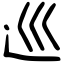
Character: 巡